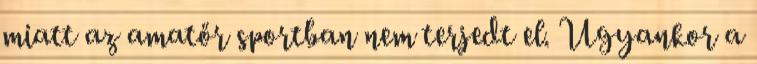
miatt az amatőr sportban nem terjedt el. Ugyankor a